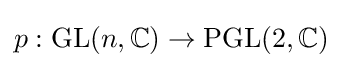
p:{\text{GL}}(n,\mathbb {C} )\to {\text{PGL}}(2,\mathbb {C} )